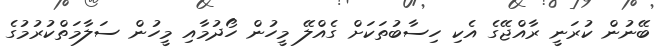
ބޭނުން ކުރަނީ ރާއްޖޭގެ އެކި ހިސާބުތަކަށް ގެއްލޭ މީހުން ހޯދުމާއި މީހުން ސަލާމަތްކުރުމުގެ